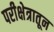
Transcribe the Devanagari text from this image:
परीक्षेत्रातून